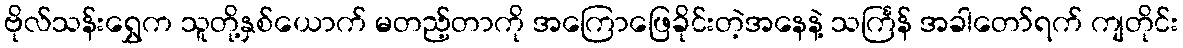
ဗိုလ်သန်းရွှေက သူတို့နှစ်ယောက် မတည့်တာကို အကြောဖြေခိုင်းတဲ့အနေနဲ့ သင်္ကြန် အခါတော်ရက် ကျတိုင်း